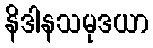
နိဒါနသမုဒယာ